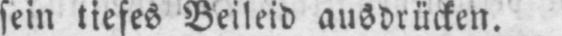
sein tiefes Beileid ausdrücken.